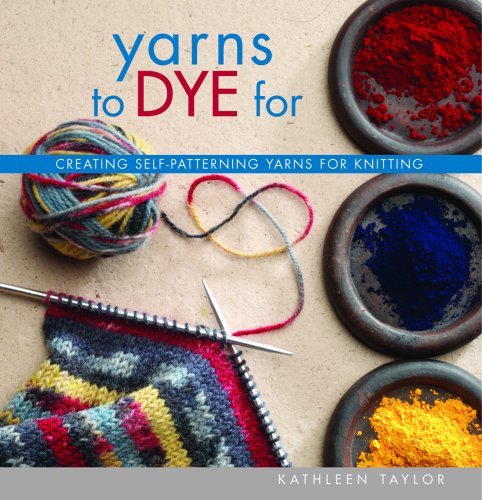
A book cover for Yarns to Dye For; Kathleen Taylor; Crafts, Hobbies & Home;